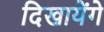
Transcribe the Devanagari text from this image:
दिखायेंगे